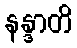
နန္ဒာတိ